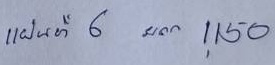
แผ่นที่ 6  ยอด 1,150